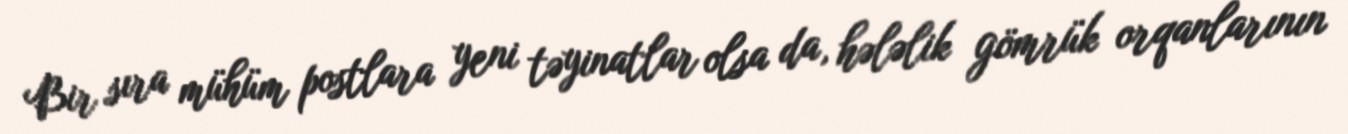
Bir sıra mühüm postlara yeni təyinatlar olsa da, hələlik gömrük orqanlarının